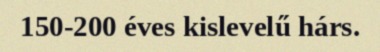
150-200 éves kislevelű hárs.